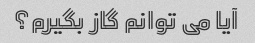
آیا می توانم گاز بگیرم؟